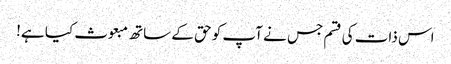
اس ذات کی قسم جس نے آپ کو حق کے ساتھ مبعوث کیا ہے!